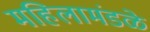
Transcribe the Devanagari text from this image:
महिलामंडळे